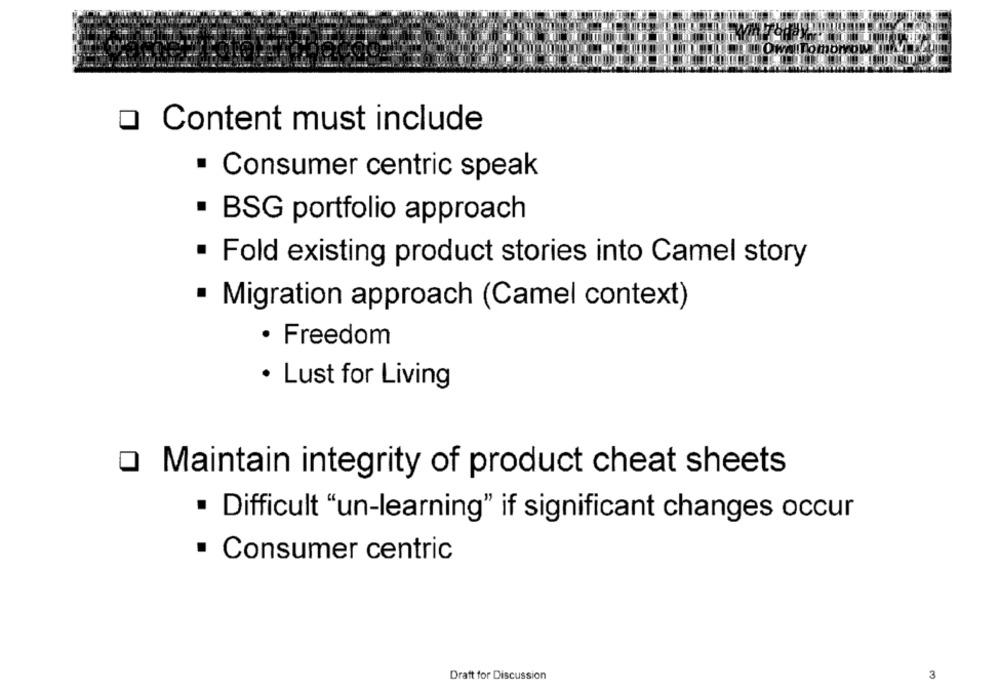
Tomorrow (fly-
o Content must include
· Consumer centric speak
· BSG portfolio approach
. Fold existing product stories into Camel story
· Migration approach (Camel context)
· Freedom
· Lust for Living
O Maintain integrity of product cheat sheets
· Difficult "un-learning" if significant changes occur
· Consumer centric
Draft for Discussion
3